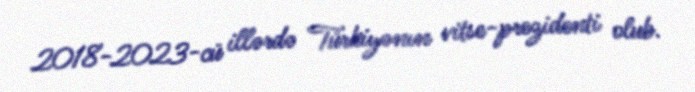
2018-2023-cü illərdə Türkiyənın vitse-prezidenti olub.